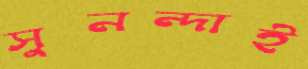
সুনন্দাই